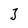
Character: 3